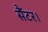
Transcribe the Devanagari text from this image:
सैंटर।